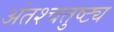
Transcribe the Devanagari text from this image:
अंतश्चतुष्ट्य